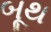
બૂથ